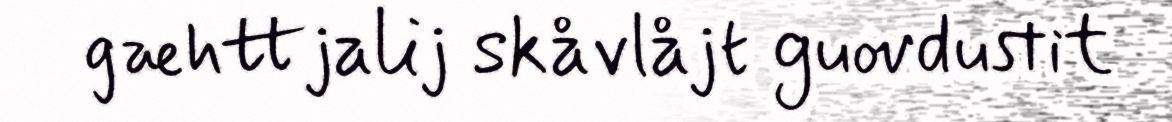
gæhttjalij skåvlåjt guovdustit